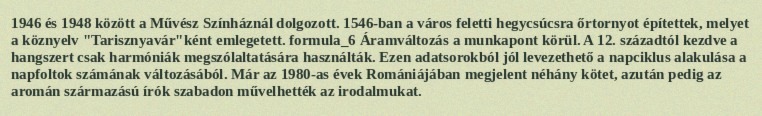
1946 és 1948 között a Művész Színháznál dolgozott. 1546-ban a város feletti hegycsúcsra őrtornyot építettek, melyet a köznyelv "Tarisznyavár"ként emlegetett. formula_6 Áramváltozás a munkapont körül. A 12. századtól kezdve a hangszert csak harmóniák megszólaltatására használták. Ezen adatsorokból jól levezethető a napciklus alakulása a napfoltok számának változásából. Már az 1980-as évek Romániájában megjelent néhány kötet, azután pedig az aromán származású írók szabadon művelhették az irodalmukat.